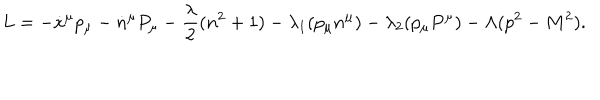
LaTeX: L = - \dot { x } ^ { \mu } p _ { \mu } - \dot { n } ^ { \mu } P _ { \mu } - { \frac { \lambda } { 2 } } ( n ^ { 2 } + 1 ) - \lambda _ { 1 } ( p _ { \mu } n ^ { \mu } ) - \lambda _ { 2 } ( p _ { \mu } P ^ { \mu } ) - \Lambda ( p ^ { 2 } - M ^ { 2 } ) .